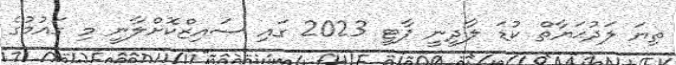
ތިޔަ ލަދުޙަޔާތް ކުޑަ ލާދީނީ ޕާޓީ 2023 ގައި ސައިޒްކޮށްލާނީ މި ގައުމުގެ